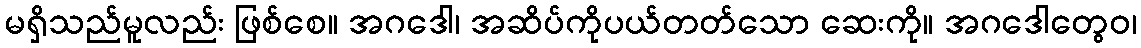
မရှိသည်မူလည်း ဖြစ်စေ။ အဂဒေါ၊ အဆိပ်ကိုပယ်တတ်သော ဆေးကို။ အဂဒေါတွေဝ၊